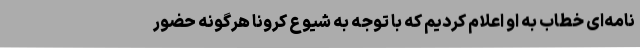
نامه‌ای خطاب به او اعلام کردیم که با توجه به شیوع کرونا هرگونه حضور